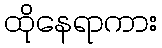
ထိုနေရာကား